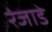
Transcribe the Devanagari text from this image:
रंजाडे